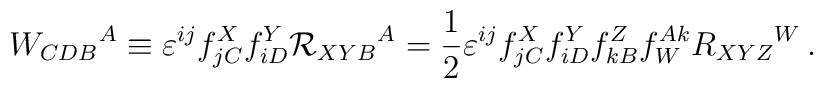
W_{CDB}{}^A \equiv \varepsilon ^{ij} f^X_{jC} f^Y_{iD} {\cal R}_{XYB}{}^A = \frac 12 \varepsilon ^{ij} f^X_{jC} f^Y_{iD} f_{kB}^Z f_W^{Ak}R_{XYZ}{}^W\,.